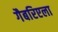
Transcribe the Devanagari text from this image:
गैबरिएला